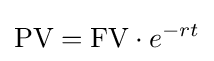
{\text{PV}}={\text{FV}}\cdot e^{-rt}